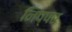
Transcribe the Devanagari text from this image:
निप्पर